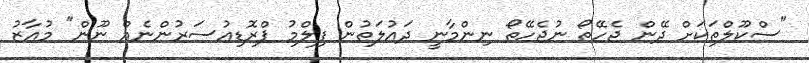
"ސްކޫލްތަކަށް ދޭން ޖެހޭތޯ ނުޖެހޭތޯ ނިންމާނީ ދައުލަތުން ފިލްމު ޕްރޮޑިއުސަރުންނެއް ނޫން" މުއާޒު